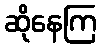
ဆိုနေကြ